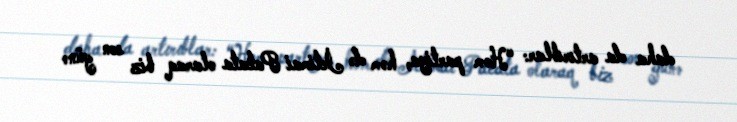
daha da artırıblar: “Həm partiya, həm də İctimai Palata olaraq biz son günə